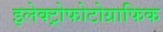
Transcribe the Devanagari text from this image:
इलेक्ट्रोफोटोग्राफिक